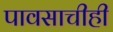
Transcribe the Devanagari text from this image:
पावसाचीही